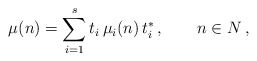
\begin{align*}\mu(n) = \sum_{i=1}^s t_i \, \mu_i(n) \, t_i^* \,,\qquad n\in N \,,\end{align*}